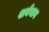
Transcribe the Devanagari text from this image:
शर्वनाग